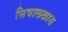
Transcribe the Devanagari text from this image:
सिवालखास